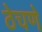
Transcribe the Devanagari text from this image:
ठेचणे